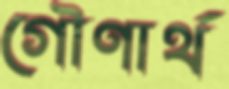
গৌণার্থ